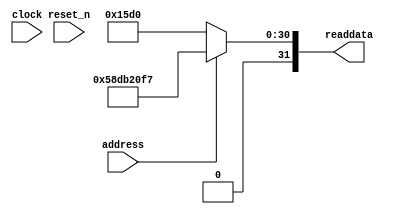
// (C) 2001-2017 Intel Corporation. All rights reserved.
// Your use of Intel Corporation's design tools, logic functions and other 
// software and tools, and its AMPP partner logic functions, and any output 
// files any of the foregoing (including device programming or simulation 
// files), and any associated documentation or information are expressly subject 
// to the terms and conditions of the Intel Program License Subscription 
// Agreement, Intel MegaCore Function License Agreement, or other applicable 
// license agreement, including, without limitation, that your use is for the 
// sole purpose of programming logic devices manufactured by Intel and sold by 
// Intel or its authorized distributors.  Please refer to the applicable 
// agreement for further details.


//Legal Notice: (C)2010 Altera Corporation. All rights reserved.  Your
//use of Altera Corporation's design tools, logic functions and other
//software and tools, and its AMPP partner logic functions, and any
//output files any of the foregoing (including device programming or
//simulation files), and any associated documentation or information are
//expressly subject to the terms and conditions of the Altera Program
//License Subscription Agreement or other applicable license agreement,
//including, without limitation, that your use is for the sole purpose
//of programming logic devices manufactured by Altera and sold by Altera
//or its authorized distributors.  Please refer to the applicable
//agreement for further details.

// synthesis translate_off
`timescale 1ns / 1ps
// synthesis translate_on

// turn off superfluous verilog processor warnings 
// altera message_level Level1 
// altera message_off 10034 10035 10036 10037 10230 10240 10030 

module sockit_ghrd_fpgamem_system_sysid_qsys (
               // inputs:
                address,
                clock,
                reset_n,

               // outputs:
                readdata
             )
;

  output  [ 31: 0] readdata;
  input            address;
  input            clock;
  input            reset_n;

  wire    [ 31: 0] readdata;
  //control_slave, which is an e_avalon_slave
  assign readdata = address ? 1490755831 : 5584;

endmodule